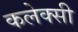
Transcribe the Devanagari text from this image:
कलेक्सी